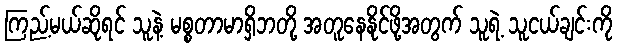
ကြည့်မယ်ဆိုရင် သူနဲ့ မစ္စတာမာရှိဘတို့ အတူနေနိုင်ဖို့အတွက် သူရဲ့ သူငယ်ချင်းကို